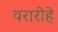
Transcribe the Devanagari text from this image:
वरारोहे